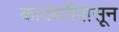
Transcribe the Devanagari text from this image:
कादंबरीपासून